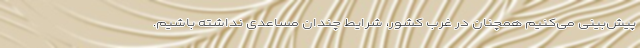
پیش‌بینی می‌کنیم همچنان در غرب کشور، شرایط چندان مساعدی نداشته باشیم.